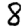
Digit: 8